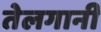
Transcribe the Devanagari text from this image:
तेलगानी